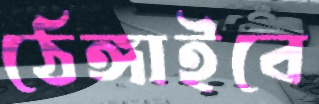
ঠেঙ্গাইবে